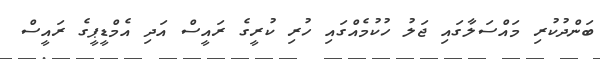
ބަންދުކުރި މައްސަލާގައި ޖަލު ހުކުމެއްގައި ހުރި ކުރީގެ ރައީސް އަދި އެމްޑީޕީގެ ރައީސް